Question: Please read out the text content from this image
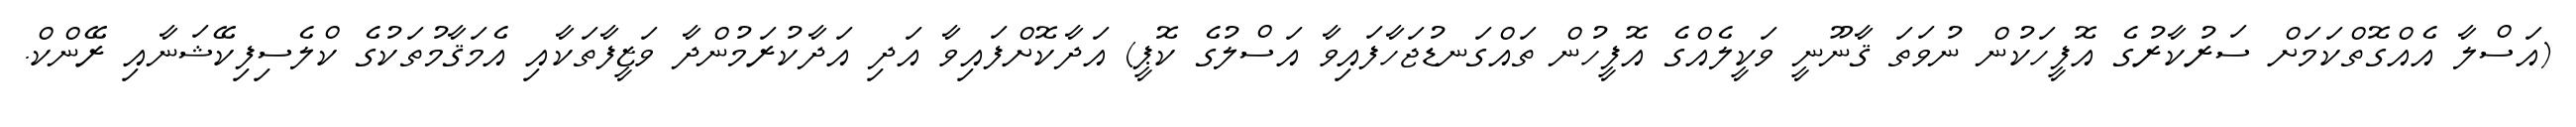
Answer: (އަސްލާ އެއްގޮތްކަމަށް ސަރުކާރުގެ އޮފީހަކުން ނުވަތަ ޤާނޫނީ ވަކީލެއްގެ އޮފީހުން ތައްގަނޑުޖަހާފައިވާ އަސްލުގެ ކޮޕީ) އަދާކޮށްފައިވާ އަދި އަދާކުރަމުންދާ ވަޒީފާތަކާއި އެމަޤާމުތަކުގެ ކްލެސިފިކޭޝަނާއި ރޭންކް.